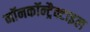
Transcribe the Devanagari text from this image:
नॉनकॉन्ट्रैक्टाइल